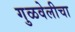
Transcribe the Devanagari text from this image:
गुळवेलीचा